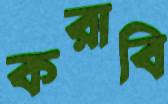
করাবি